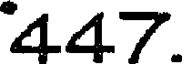
447.